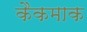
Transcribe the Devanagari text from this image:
कैकमाक